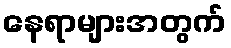
နေရာများအတွက်